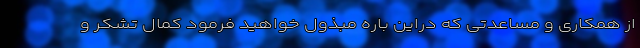
از همکاری و مساعدتی که دراین باره مبذول خواهید فرمود کمال تشکر و